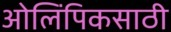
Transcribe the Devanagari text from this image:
ओलिंपिकसाठी